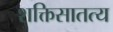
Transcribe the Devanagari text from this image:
शक्तिसातत्य